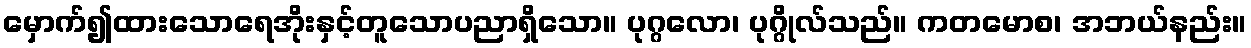
မှောက်၍ထားသောရေအိုးနှင့်တူသောပညာရှိသော။ ပုဂ္ဂလော၊ ပုဂ္ဂိုလ်သည်။ ကတမောစ၊ အဘယ်နည်း။